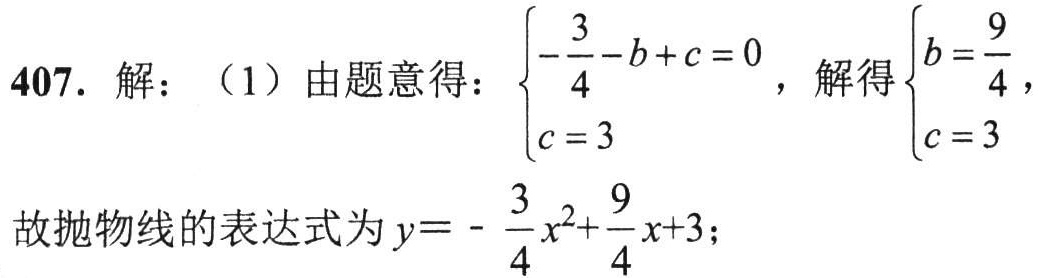
407. 解：（1）由题意得：\(\begin{cases}-\dfrac{3}{4}-b + c = 0\\c = 3\end{cases}\)，解得\(\begin{cases}b=\dfrac{9}{4}\\c = 3\end{cases}\)
故抛物线的表达式为\(y=-\dfrac{3}{4}x^{2}+\dfrac{9}{4}x + 3\)；